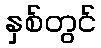
နှစ်တွင်